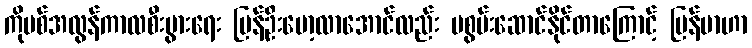
ကိုဗစ်အလွန်ကာလစီးပွားရေး ပြန်ဦးမော့လာအောင်လည်း မစွမ်းဆောင်နိုင်တာကြောင့် မြန်မာဟာ